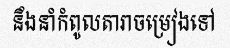
នឹងនាំកំពូលតារាចម្រៀងទៅ